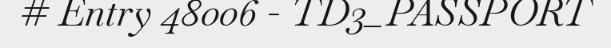
# Entry 48006 - TD3_PASSPORT